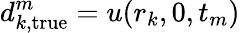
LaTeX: d_{k,\mathrm{true}}^{m}=u(r_{k},0,t_{m})